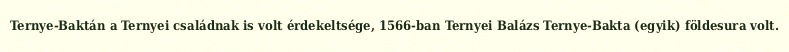
Ternye-Baktán a Ternyei családnak is volt érdekeltsége, 1566-ban Ternyei Balázs Ternye-Bakta (egyik) földesura volt.